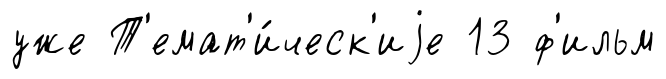
уже Т'емат'и́ческ'иjе 13 ф'ильм